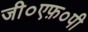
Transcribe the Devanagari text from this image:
जी०एफ़०पी